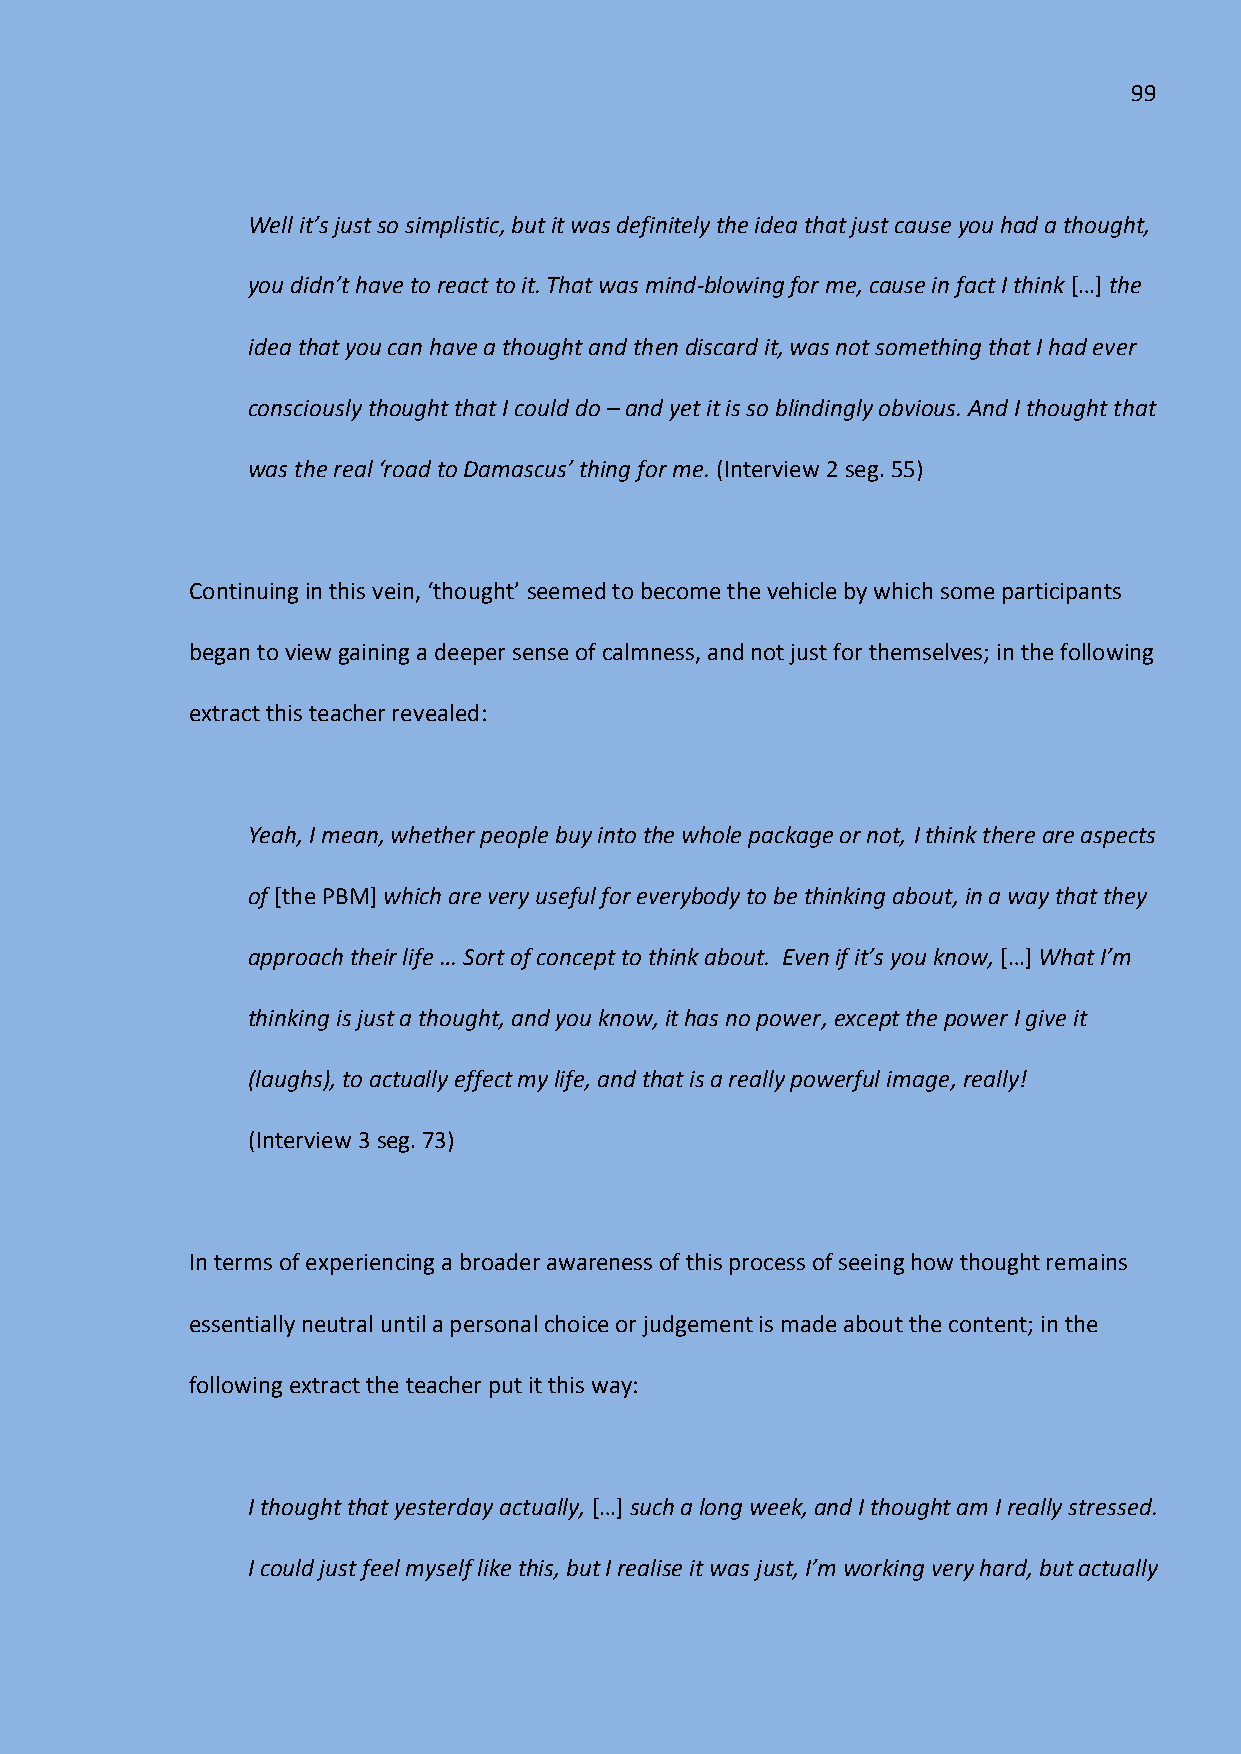
99
 Well it’s just so simplistic, but it was definitely the idea that just cause you had a thought,
 you didn’t have to react to it. That was mind-blowing for me, cause in fact I think *…+ the
 idea that you can have a thought and then discard it, was not something that I had ever
 consciously thought that I could do – and yet it is so blindingly obvious. And I thought that
 was the real ‘road to Damascus’ thing for me. (Interview 2 seg. 55)
 Continuing in this vein, ‘thought’ seemed to become the vehicle by which some participants
 began to view gaining a deeper sense of calmness, and not just for themselves; in the following
 extract this teacher revealed:
 Yeah, I mean, whether people buy into the whole package or not, I think there are aspects
 of [the PBM] which are very useful for everybody to be thinking about, in a way that they
 approach their life … Sort of concept to think about. Even if it’s you know, *…+ What I’m
 thinking is just a thought, and you know, it has no power, except the power I give it
 (laughs), to actually effect my life, and that is a really powerful image, really!
 (Interview 3 seg. 73)
 In terms of experiencing a broader awareness of this process of seeing how thought remains
 essentially neutral until a personal choice or judgement is made about the content; in the
 following extract the teacher put it this way:
 I thought that yesterday actually, *…+ such a long week, and I thought am I really stressed.
 I could just feel myself like this, but I realise it was just, I’m working very hard, but actually